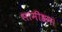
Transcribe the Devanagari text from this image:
सामीश्रम।